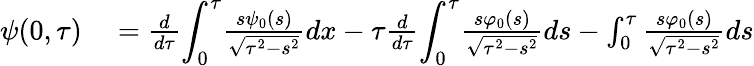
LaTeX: \begin{array}{rl}{\psi(0,\tau)}&{{}=\frac{d}{d\tau}{\displaystyle\int_{0}^{\tau}}\frac{s\psi_{0}\left(s\right)}{\sqrt{\tau^{2}-s^{2}}}dx-\tau\frac{d}{d\tau}{\displaystyle\int_{0}^{\tau}}\frac{s\varphi_{0}(s)}{\sqrt{\tau^{2}-s^{2}}}ds-\int_{0}^{\tau}\frac{s\varphi_{0}(s)}{\sqrt{\tau^{2}-s^{2}}}ds}\end{array}